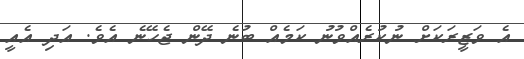
އެ ވަޒީރަކަށް ނުކުރެއްވުނު ކަމެއް ބުނެ ދޭން ޖެހޭނެ އެވެ. އަދި އެއީ